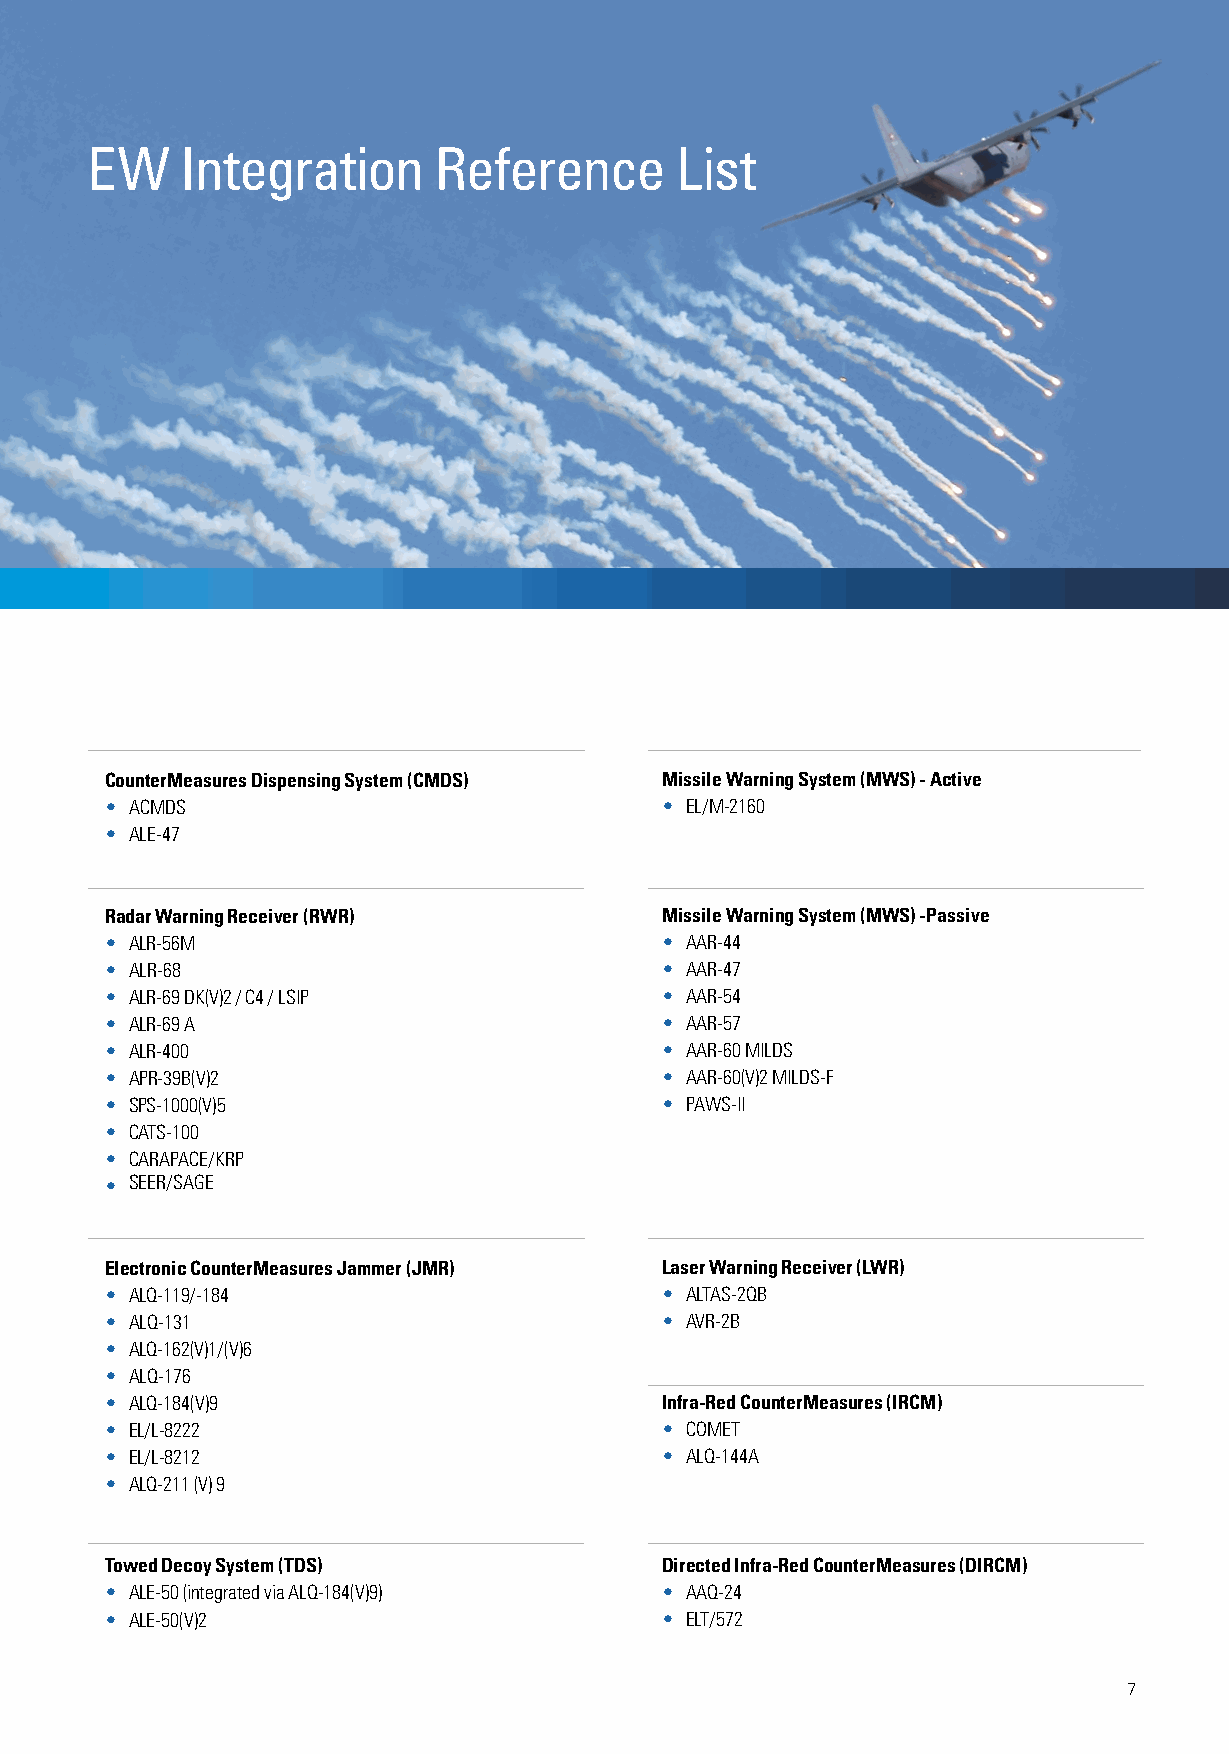
EW    Integration      Reference       List
 CounterMeasures Dispensing System (CMDS) Missile Warning System (MWS) - Active
 • ACMDS                              • EL/M-2160
 • ALE-47
 Radar Warning Receiver (RWR)         Missile Warning System (MWS) -Passive
 • ALR-56M                            • AAR-44
 • ALR-68                             • AAR-47
 • ALR-69 DK(V)2 / C4 / LSIP          • AAR-54
 • ALR-69 A                           • AAR-57
 • ALR-400                            • AAR-60 MILDS
 • APR-39B(V)2                        • AAR-60(V)2 MILDS-F
 • SPS-1000(V)5                       • PAWS-II
 • CATS-100
 • CARAPACE/KRP
 • SEER/SAGE
 Electronic CounterMeasures Jammer (JMR) Laser Warning Receiver (LWR)
 • ALQ-119/-184                       • ALTAS-2QB
 • ALQ-131                            • AVR-2B
 • ALQ-162(V)1/(V)6
 • ALQ-176
 • ALQ-184(V)9                        Infra-Red CounterMeasures (IRCM)
 • EL/L-8222                          • COMET
 • EL/L-8212                          • ALQ-144A
 • ALQ-211 (V) 9
 Towed Decoy System (TDS)             Directed Infra-Red CounterMeasures (DIRCM)
 • ALE-50 (integrated via ALQ-184(V)9) • AAQ-24
 • ALE-50(V)2                         • ELT/572
 7